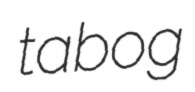
tabog